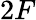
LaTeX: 2F